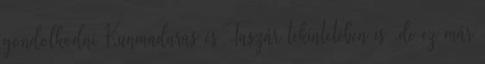
gondolkodni Kunmadaras és Taszár tekintetében is .de ez már